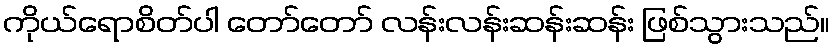
ကိုယ်ရောစိတ်ပါ တော်တော် လန်းလန်းဆန်းဆန်း ဖြစ်သွားသည်။